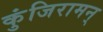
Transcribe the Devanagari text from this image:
कुंजिरामन्